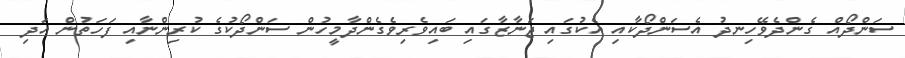
ސަންދޯއް ގެންދެވޭހިނދު އެސަންދޯކާއި އެކުގައި ޖަނާޒާގައި ބައިވެރިވެގެންދާމީހުން ސަންދޯކުގެ ކުރިންނާއި ފަހަތުން އަދި